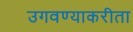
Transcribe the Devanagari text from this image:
उगवण्याकरीता